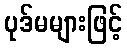
ပုဒ်မများဖြင့်